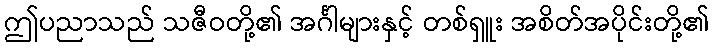
ဤပညာသည် သဇီဝတို့၏ အင်္ဂါများနှင့် တစ်ရှူး အစိတ်အပိုင်းတို့၏